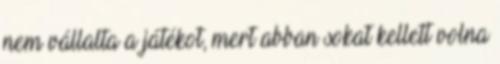
nem vállalta a játékot, mert abban sokat kellett volna